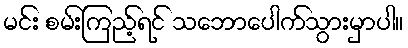
မင်း စမ်းကြည့်ရင် သဘောပေါက်သွားမှာပါ။